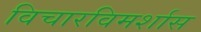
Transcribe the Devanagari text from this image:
विचारविमर्शास